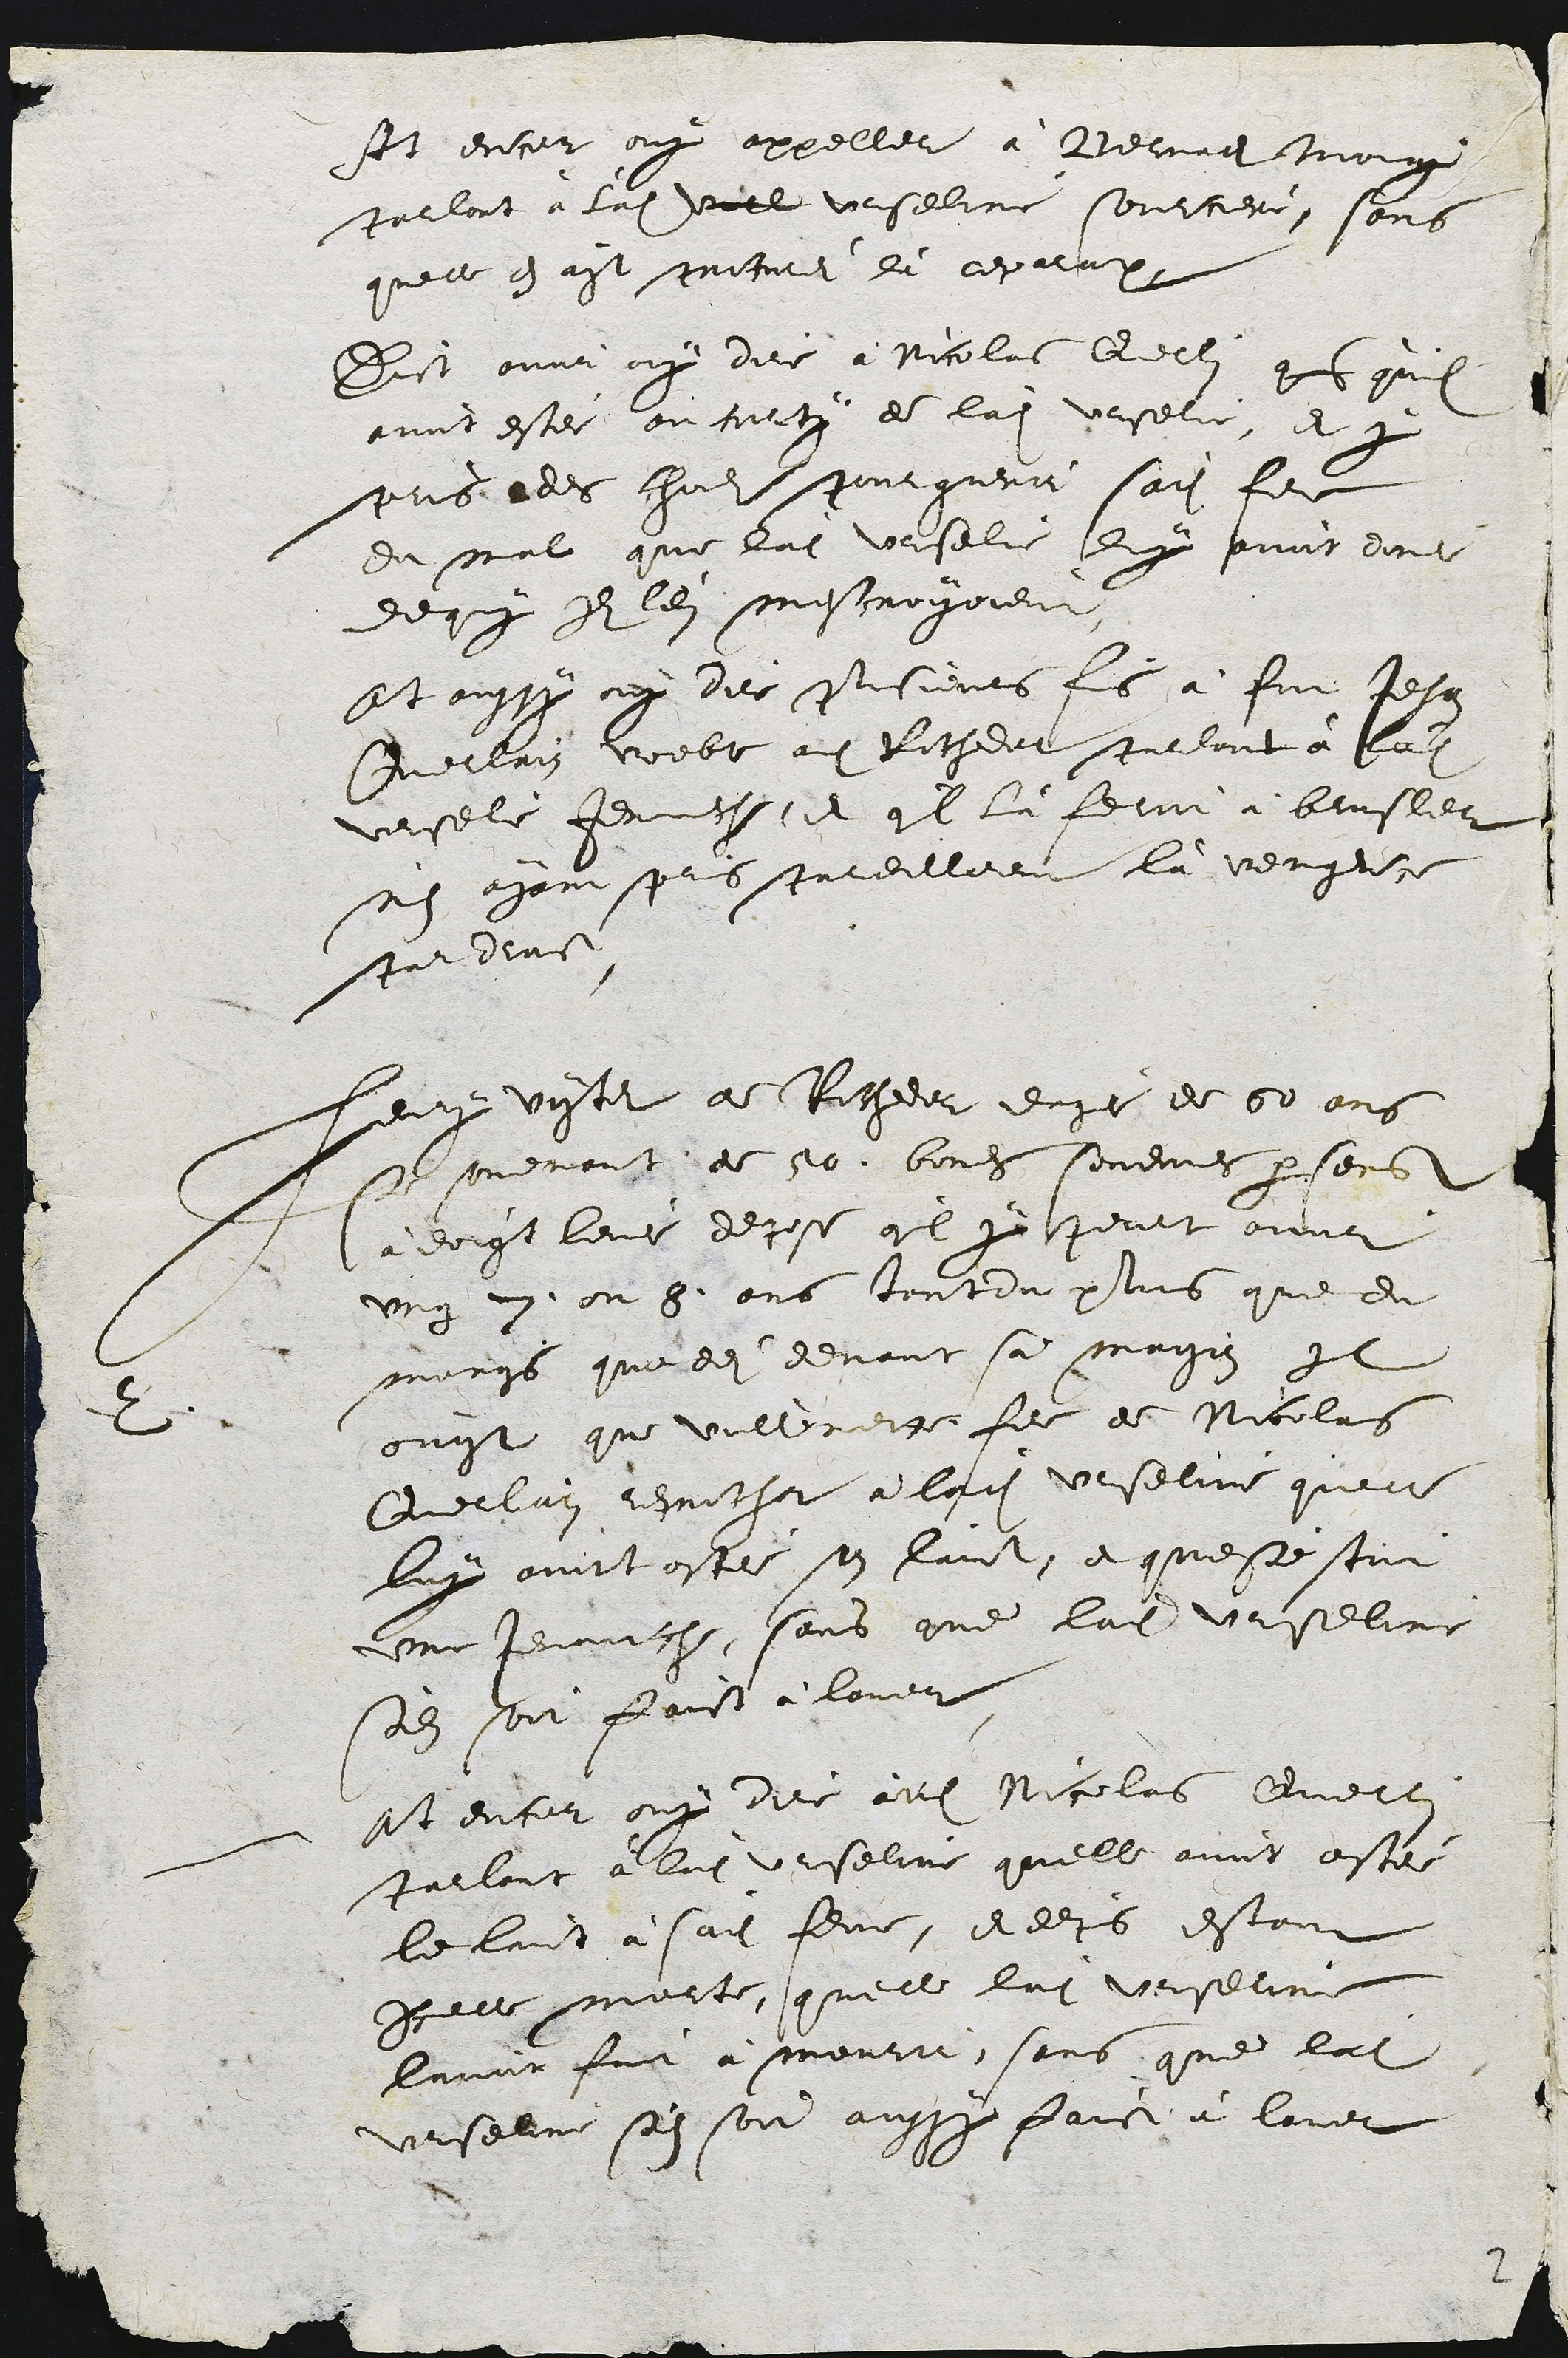
At encor ouy appeller à Bernad Moug
parlont à ladite vill Urseline sourciere, sans
quelle en ayt proturei là reparato
Dict avoir ouy dire à Nicolas Quellin qu quil
avoit estee ou corto de ladite Urselie, et y
pris des cholts pourquerrt sadite file
du mal que ladite Urselie luy avoit dons
de quy Ils leit mescroyoient
Et aussy ny dire plusieurs fis à fut Jehan
Guerrain voeble audit Rochedor porlant à ladite
Uersele Jenmsse, et qil là ferot a beusler
ses ayant pris pardilleeu là vengerce
par deist
2
leury vistet de Racheor dage de 60 ans
ser puemanst de 50. bores sevemnes parsens
à doigt leur depose qil y peurt avoor
ung 7. ou 8. ans tant du plus que du
mongs que des devant sa maison Ile
onyt que vulleveite fie de Nicolas
Querlain repprocher à ladite Urseline quelle
luy avoct ostée son laict, et questestoit
une jenauche, sans que ladite Urseline
sedit soit faict à lover
At encor ouy dire audit Nicolas Querle
parlant à ladite Urseline quelle avoit estée
le laict à sadite femme, et depuis estant
Icerre morte, quelle ladite vrserine
lavoit foit à mourir, sans que ladite
Urselne se son aussy faict à lavet

2